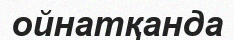
ойнатқанда